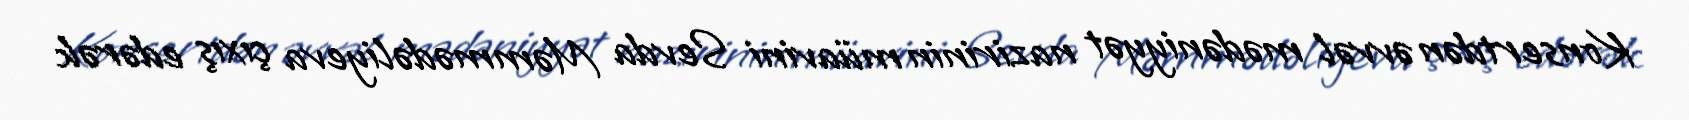
Konsertdən əvvəl mədəniyyət nazirinin müavini Sevda Məmmədəliyeva çıxış edərək